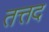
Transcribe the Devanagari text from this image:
तत्तद